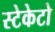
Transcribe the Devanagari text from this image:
स्टेकेटो